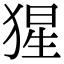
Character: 猩